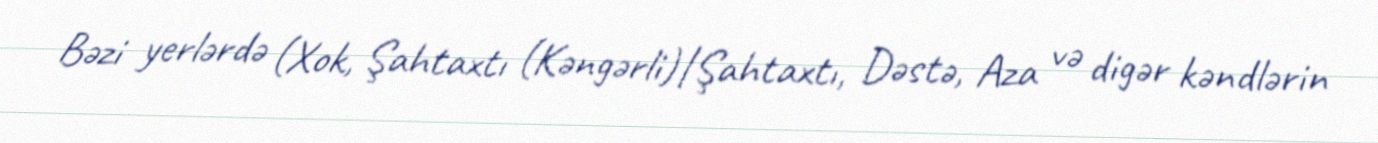
Bəzi yerlərdə (Xok, Şahtaxtı (Kəngərli)|Şahtaxtı, Dəstə, Aza və digər kəndlərin